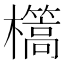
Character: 㰏